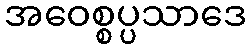
အဝေစ္စပ္ပသာဒေ